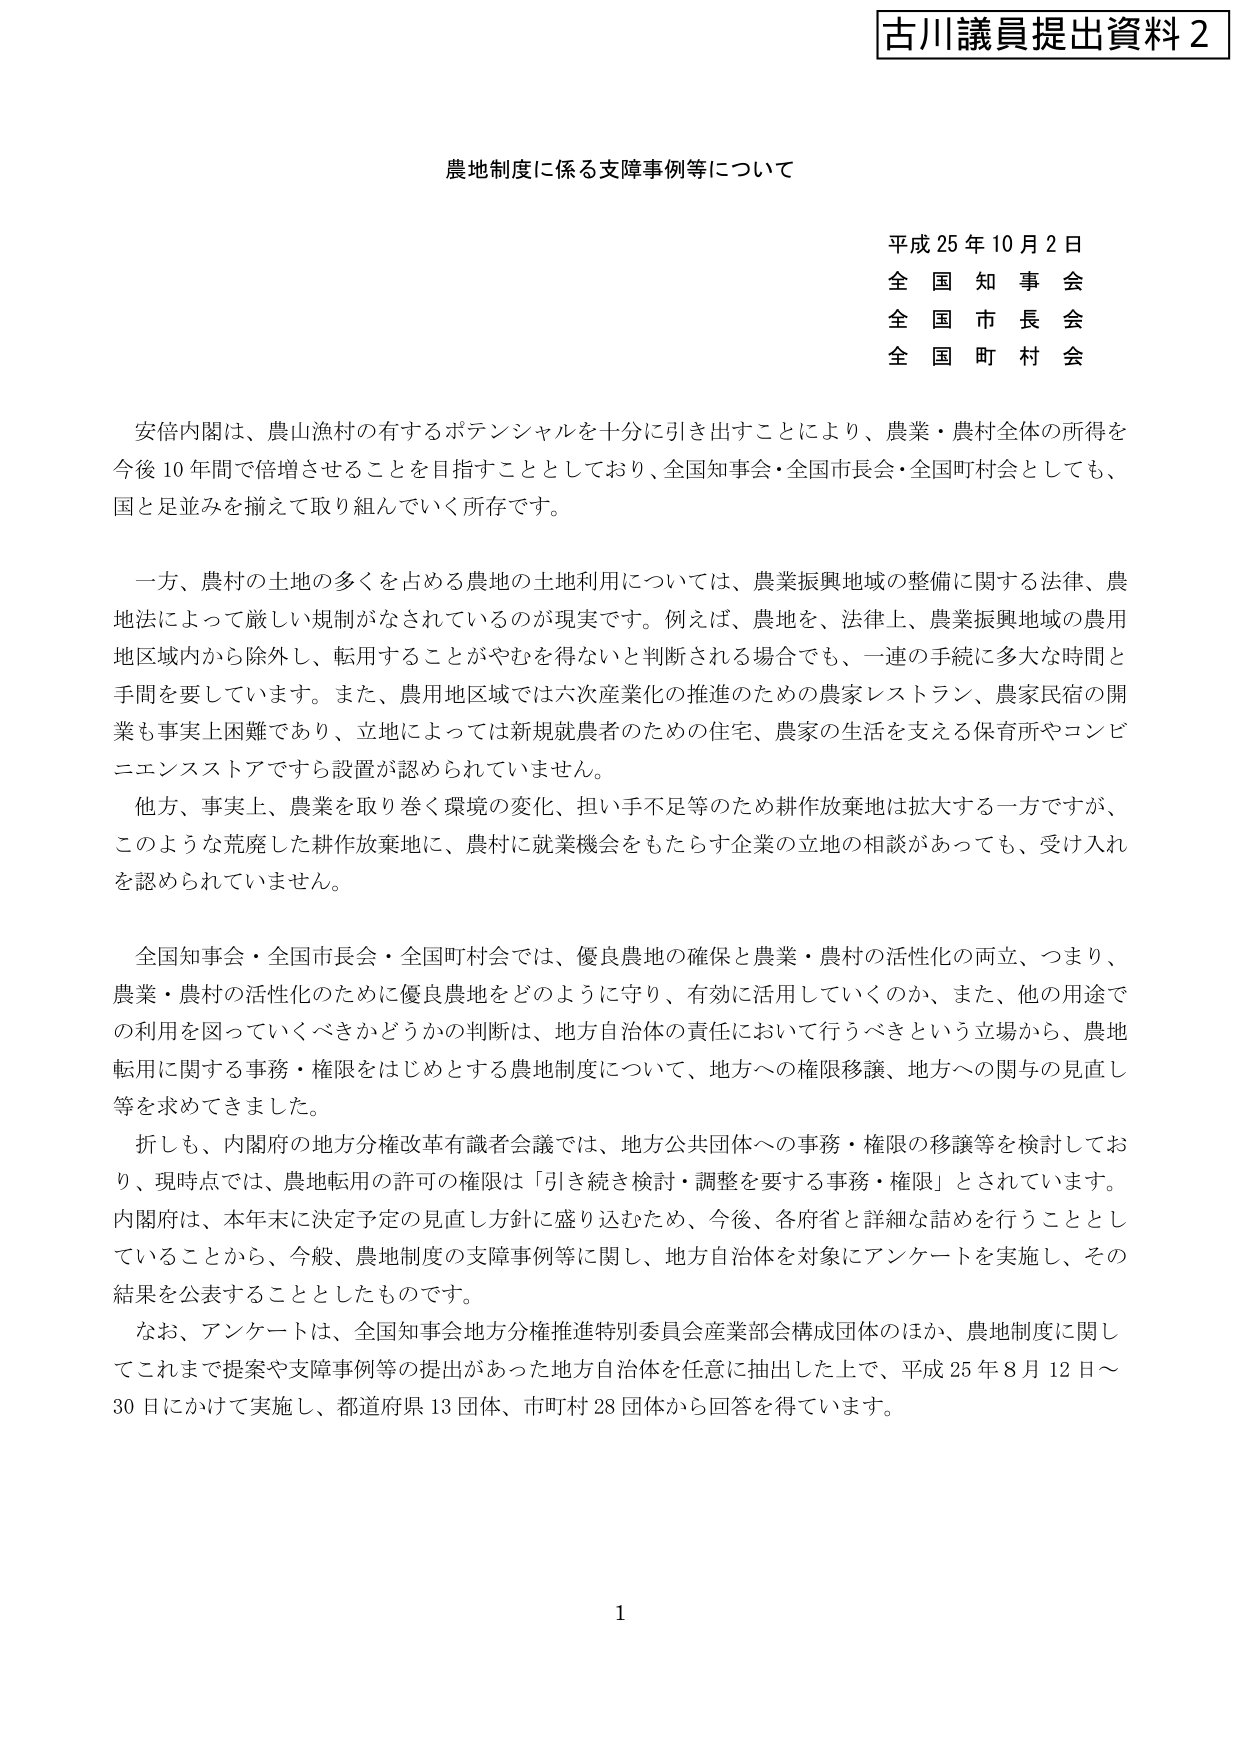
古川議員提出資料２

農地制度に係る支障事例等について

平成25年10月2日
全国知事会
全国市長会
全国町村会

安倍内閣は、農山漁村の有するポテンシャルを十分に引き出すことにより、農業・農村全体の所得を
今後10年間で倍増させることを目指すこととしており、全国知事会・全国市長会・全国町村会としても、
国と足並みを揃えて取り組んでいく所存です。

一方、農村の土地の多くを占める農地の土地利用については、農業振興地域の整備に関する法律、農
地法によって厳しい規制がなされているのが現実です。例えば、農地を、法律上、農業振興地域の農用
地区域内から除外し、転用することがやむを得ないと判断される場合でも、一連の手続に多大な時間と
手間を要しています。また、農用地区域では六次産業化の推進のための農家レストラン、農家民宿の開
業も事実上困難であり、立地によっては新規就農者のための住宅、農家の生活を支える保育所やコンビ
ニエンスストアですら設置が認められていません。

他方、事実上、農業を取り巻く環境の変化、担い手不足等のため耕作放棄地は拡大する一方ですが、
このような荒廃した耕作放棄地に、農村に就業機会をもたらす企業の立地の相談があっても、受け入れ
を認められていません。

全国知事会・全国市長会・全国町村会では、優良農地の確保と農業・農村の活性化の両立、つまり、
農業・農村の活性化のために優良農地をどのように守り、有効に活用していくのか、また、他の用途で
の利用を図っていくべきかどうかの判断は、地方自治体の責任において行うべきという立場から、農地
転用に関する事務・権限をはじめとする農地制度について、地方への権限移譲、地方への関与の見直し
等を求めてきました。

折しも、内閣府の地方分権改革有識者会議では、地方公共団体への事務・権限の移譲等を検討してお
り、現時点では、農地転用の許可の権限は「引き続き検討・調整を要する事務・権限」とされています。
内閣府は、本年末に決定予定の見直し方針に盛り込むため、今後、各府省と詳細な詰めを行うこととし
ていることから、今般、農地制度の支障事例等に関し、地方自治体を対象にアンケートを実施し、その
結果を公表することとしたものです。

なお、アンケートは、全国知事会地方分権推進特別委員会産業部会構成団体のほか、農地制度に関し
てこれまで提案や支障事例等の提出があった地方自治体を任意に抽出した上で、平成25年8月12日～
30日にかけて実施し、都道府県13団体、市町村28団体から回答を得ています。

1